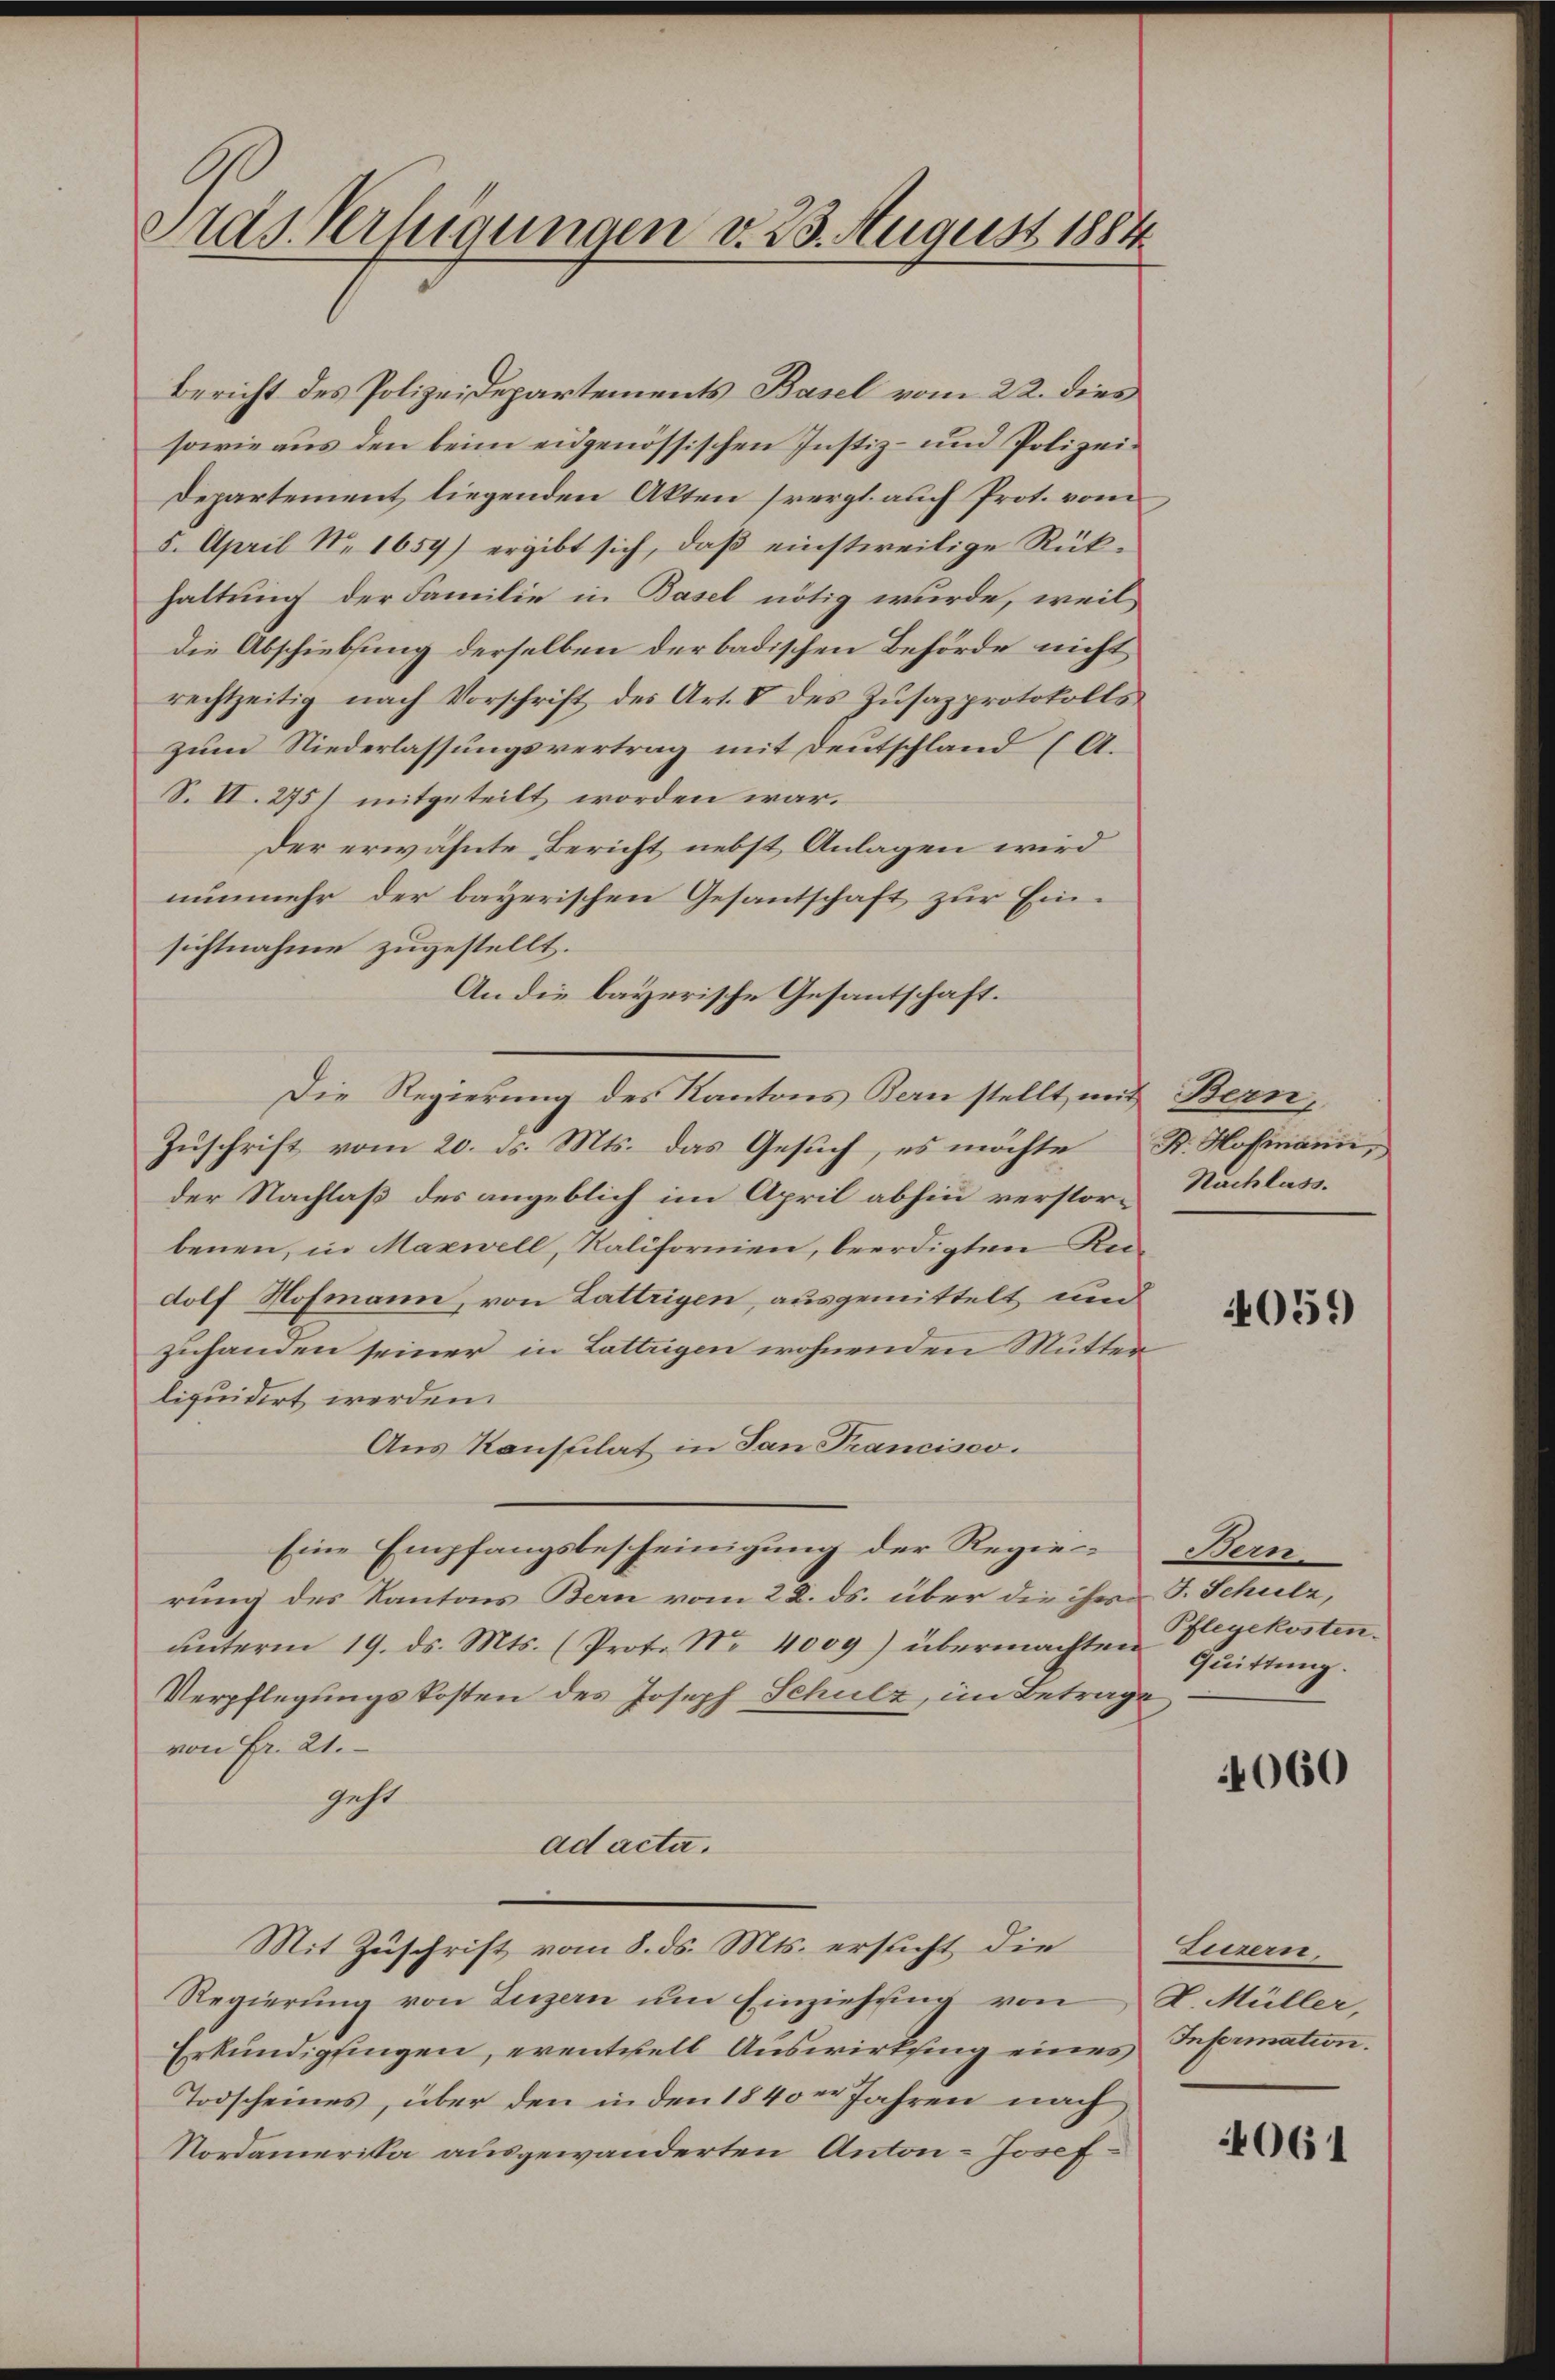
Stas. Verfügungen d. 23. August 1884

Bericht des Polizeidepartements Basel vom 22. dies
sowie aus den beim eidgenössischen Justiz- und Polizei¬
Departement liegenden Akten spergl. auch Prot. vom
5. April Nr. 1659) ergibt sich, daß einstweilige Rükhaltung der Familie in Basel nötig wurde, weil
die Abschiebung derselben der badischen Behörde nicht
rechtzeitig nach Vorschrift des Art. V des Zusazprotokolls
zum Niederlassungsvertrag mit Deutschland (A.
S. II. 275) mitgeteilt worden war.
Der erwähnte Bericht nebst Anlagen wird
nunmehr der bayerischen Gesantschaft zur Einsichtnahme zugestellt.
An die bayerische Gesantschaft.
Die Regierung des Kantons Bern stellt mit Bern,
Zuschrift vom 20. ds. Mts. das Gesuch, es möchte K. Hofmann,
der Nachlaß des angeblich im April abhin verstor-Nachlassbenen, in Maxwell, Kaliformen, beerdigten Reidolf Hofmann, von Lattrigen, ausgemittelt und
zuhanden seiner in Lattigen wohnenden Mutter
liquidirt werden.
Aus Konsulat in San Francisco.
Eine Empfangsbescheinigung der Regierung des Kantons Bern vom 22. ds. über die ihre J. Schulz,
ŭnterm 19. ds. Mts. (Prot. No. 4009) übermachten Quittŭng.
Verpflegungskosten des Joseph Schulz, im Betrage
von Fr. 21.
geht.
ad acta.
Mit Zuschrift vom 8. ds. Mts. ersucht die
Regierung von Luzern um Einziehung von L. Müller,
Erkundigungen, eventuell Auswirksing eines Infermation.
Todscheines, über den in den 1840 Jahren nach
Nordamerika ausgewanderten Anton Josef

4059

Bern
Pflegekosten.

4060

Einnern.

4061